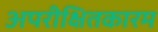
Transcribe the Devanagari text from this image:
अपरीक्षितकारम